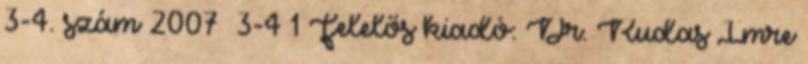
3-4. szám 2007 3-4 1 Felelős kiadó: Dr. Rudas Imre